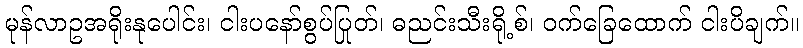
မုန်လာဥအရိုးနုပေါင်း၊ ငါးပနော်စွပ်ပြုတ်၊ ဓညင်းသီးရို့စ်၊ ဝက်ခြေထောက် ငါးပိချက်။